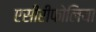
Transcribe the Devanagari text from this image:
एसीरीफोलिया